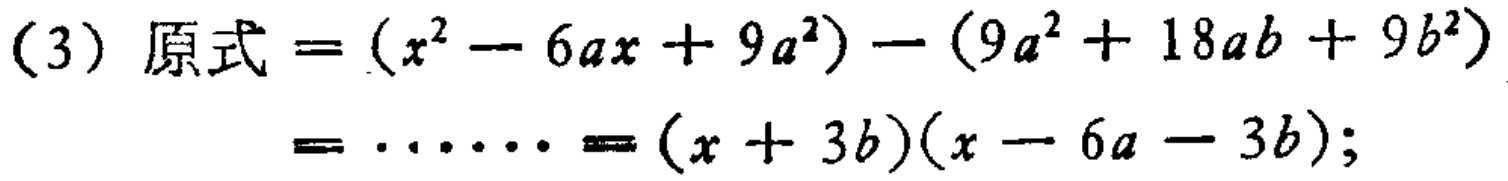
(3) 原式\(=(x^{2}-6ax + 9a^{2})-(9a^{2}+18ab + 9b^{2})\)

\(=\cdots=(x + 3b)(x - 6a - 3b)\);